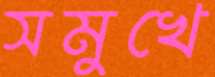
সমুখে